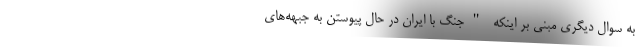
به سوال دیگری مبنی بر اینکه "جنگ با ایران در حال پیوستن به جبهه‌های